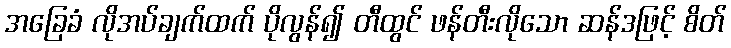
အခြေခံ လိုအပ်ချက်ထက် ပိုလွန်၍ တီထွင် ဖန်တီးလိုသော ဆန်ဒဖြင့် စိတ်